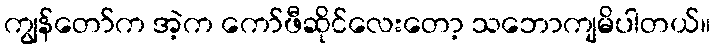
ကျွန်တော်က အဲ့က ကော်ဖီဆိုင်လေးတော့ သဘောကျမိပါတယ်။